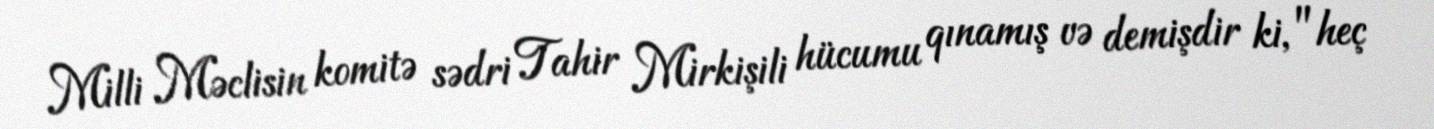
Milli Məclisin komitə sədri Tahir Mirkişili hücumu qınamış və demişdir ki, "heç